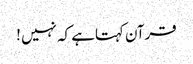
قرآن کہتاہے کہ نہیں !